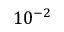
1 0 ^ { - 2 }